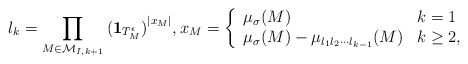
\begin{align*} l_k= \prod_{M\in \mathcal{M}_{I,k+1}} {({\bf 1}_{T_M^{\epsilon}})}^{|x_M|}, x_M =\left\{ \begin{array}{ll} \mu_\sigma(M) & k=1 \\ \mu_\sigma(M)-\mu_{l_1 l_2\cdots l_{k-1}}(M) & k \geq 2, \end{array} \right. \end{align*}